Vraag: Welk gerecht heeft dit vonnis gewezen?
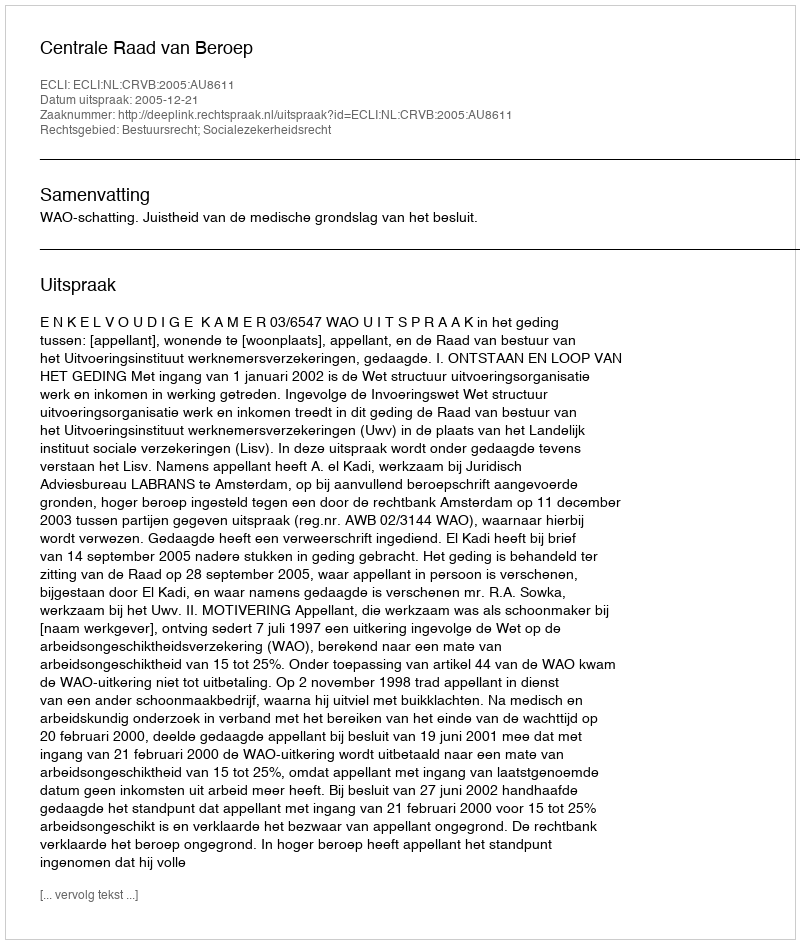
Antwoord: Centrale Raad van Beroep